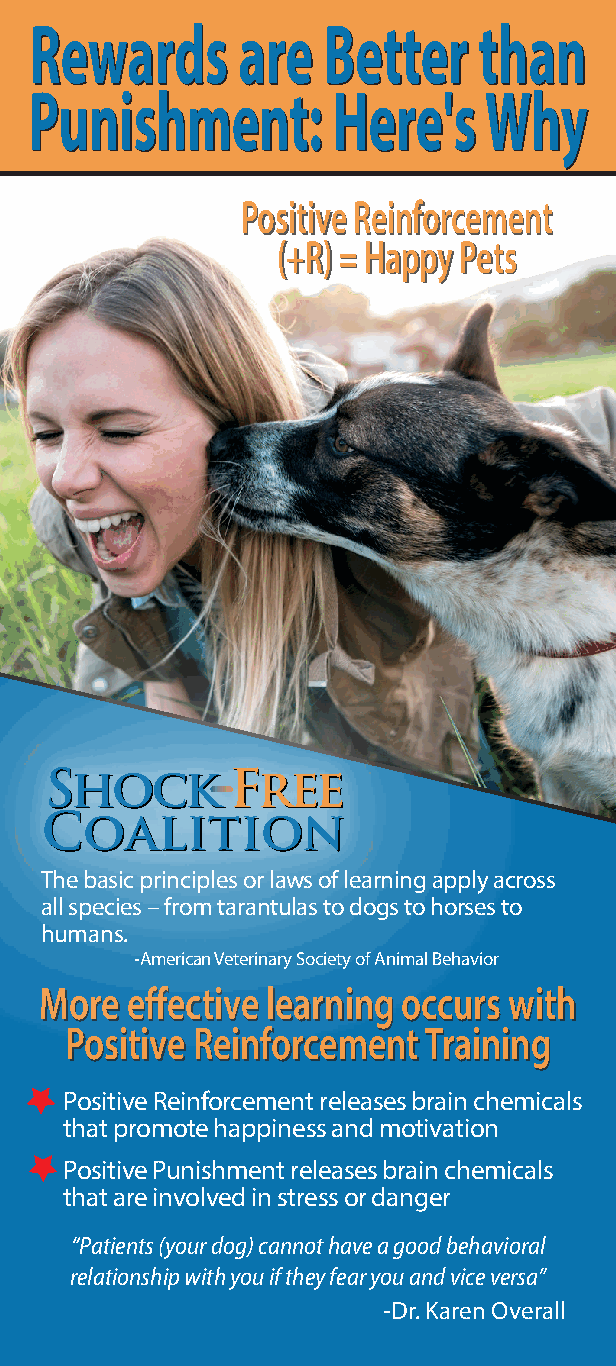
RReewwaarrddss aarree BBeetttteerr tthhaann
 PPuunniisshhmmeenntt:: HHeerree''ss WWhhyy
 PPoossiittiivvee RReeiinnffoorrcceemmeenntt
 ((++RR)) == HHaappppyy PPeettss
 SShhoocckk  FFrreeee
 CCooaalliittiioonn
 The basic principles or laws of learning apply across
 all species – from tarantulas to dogs to horses to
 humans.
 -American Veterinary Society of Animal Behavior
 MMoorree eeffffeeccttiivvee lleeaarrnniinngg ooccccuurrss wwiitthh
 PPoossiittiivvee RReeiinnffoorrcceemmeenntt TTrraaiinniinngg
 Positive Reinforcement releases brain chemicals
 that promote happiness and motivation
 Positive Punishment releases brain chemicals
 that are involved in stress or danger
 “Patients (your dog) cannot have a good behavioral
 relationship with you if they fear you and vice versa”
 -Dr. Karen Overall